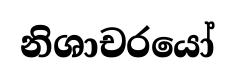
නිශාචරයෝ